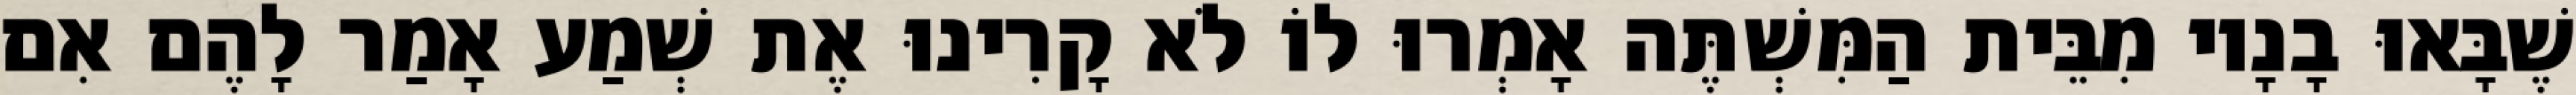
שֶׁבָּאוּ בָנָיו מִבֵּית הַמִּשְׁתֶּה אָמְרוּ לוֹ לֹא קָרִינוּ אֶת שְׁמַע אָמַר לָהֶם אִם